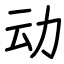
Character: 动